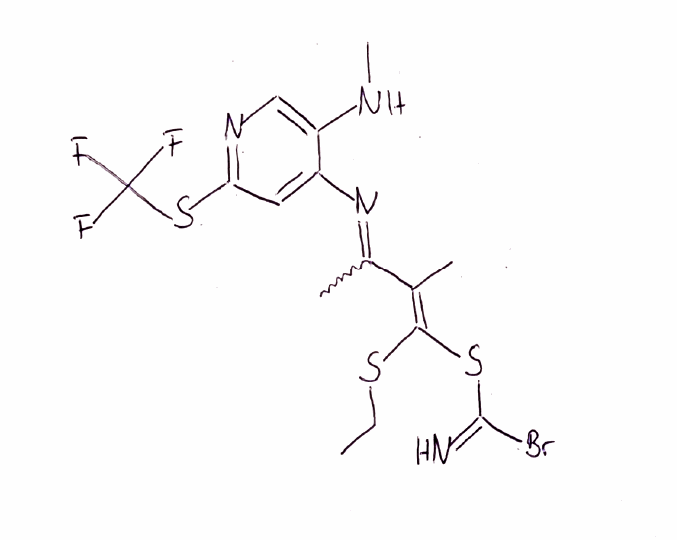
Simplified molecular-input line-entry system (SMILES) notation of the given molecule:
CCS/C(=C(/C)\C(=NC1=CC(=NC=C1NC)SC(F)(F)F)C)/SC(=N)Br